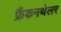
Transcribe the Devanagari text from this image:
फ्रैंकनथेलर